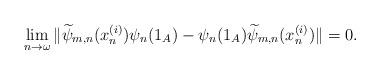
LaTeX: \begin{align*}\lim_{n\rightarrow\omega}\|\widetilde{\psi}_{m,n}(x^{(i)}_n)\psi_n(1_A)-\psi_n(1_A)\widetilde{\psi}_{m,n}(x^{(i)}_n)\|=0.\end{align*}